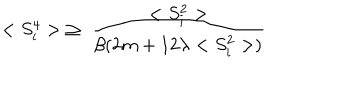
< S _ { i } ^ { 4 } > \; \ge \; \frac { < S _ { i } ^ { 2 } > } { \beta ( 2 m + 1 2 \lambda < S _ { i } ^ { 2 } > ) }